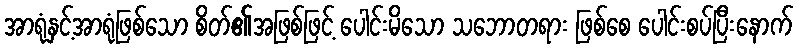
အာရုံနှင့်အာရုံဖြစ်သော စိတ်၏အဖြစ်ဖြင့် ပေါင်းမိသော သဘောတရား ဖြစ်စေ ပေါင်းစပ်ပြီးနောက်